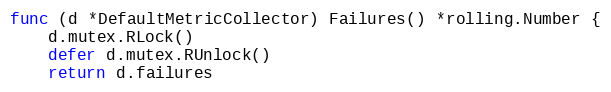
Language: Go
func (d *DefaultMetricCollector) Failures() *rolling.Number {
	d.mutex.RLock()
	defer d.mutex.RUnlock()
	return d.failures